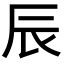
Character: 辰